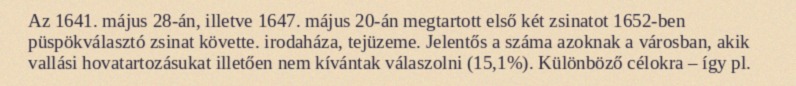
Az 1641. május 28-án, illetve 1647. május 20-án megtartott első két zsinatot 1652-ben püspökválasztó zsinat követte. irodaháza, tejüzeme. Jelentős a száma azoknak a városban, akik vallási hovatartozásukat illetően nem kívántak válaszolni (15,1%). Különböző célokra – így pl.